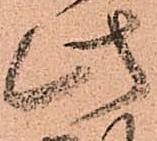
此